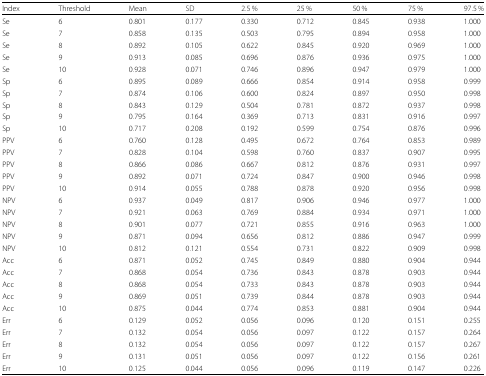
<table><thead><tr><td><b>Index</b></td><td><b>Threshold</b></td><td><b>Mean</b></td><td><b>SD</b></td><td><b>2.5 %</b></td><td><b>25 %</b></td><td><b>50 %</b></td><td><b>75 %</b></td><td><b>97.5 %</b></td></tr></thead><tbody><tr><td>Se</td><td>6</td><td>0.801</td><td>0.177</td><td>0.330</td><td>0.712</td><td>0.845</td><td>0.938</td><td>1.000</td></tr><tr><td>Se</td><td>7</td><td>0.858</td><td>0.135</td><td>0.503</td><td>0.795</td><td>0.894</td><td>0.958</td><td>1.000</td></tr><tr><td>Se</td><td>8</td><td>0.892</td><td>0.105</td><td>0.622</td><td>0.845</td><td>0.920</td><td>0.969</td><td>1.000</td></tr><tr><td>Se</td><td>9</td><td>0.913</td><td>0.085</td><td>0.696</td><td>0.876</td><td>0.936</td><td>0.975</td><td>1.000</td></tr><tr><td>Se</td><td>10</td><td>0.928</td><td>0.071</td><td>0.746</td><td>0.896</td><td>0.947</td><td>0.979</td><td>1.000</td></tr><tr><td>Sp</td><td>6</td><td>0.895</td><td>0.089</td><td>0.666</td><td>0.854</td><td>0.914</td><td>0.958</td><td>0.999</td></tr><tr><td>Sp</td><td>7</td><td>0.874</td><td>0.106</td><td>0.600</td><td>0.824</td><td>0.897</td><td>0.950</td><td>0.998</td></tr><tr><td>Sp</td><td>8</td><td>0.843</td><td>0.129</td><td>0.504</td><td>0.781</td><td>0.872</td><td>0.937</td><td>0.998</td></tr><tr><td>Sp</td><td>9</td><td>0.795</td><td>0.164</td><td>0.369</td><td>0.713</td><td>0.831</td><td>0.916</td><td>0.997</td></tr><tr><td>Sp</td><td>10</td><td>0.717</td><td>0.208</td><td>0.192</td><td>0.599</td><td>0.754</td><td>0.876</td><td>0.996</td></tr><tr><td>PPV</td><td>6</td><td>0.760</td><td>0.128</td><td>0.495</td><td>0.672</td><td>0.764</td><td>0.853</td><td>0.989</td></tr><tr><td>PPV</td><td>7</td><td>0.828</td><td>0.104</td><td>0.598</td><td>0.760</td><td>0.837</td><td>0.907</td><td>0.995</td></tr><tr><td>PPV</td><td>8</td><td>0.866</td><td>0.086</td><td>0.667</td><td>0.812</td><td>0.876</td><td>0.931</td><td>0.997</td></tr><tr><td>PPV</td><td>9</td><td>0.892</td><td>0.071</td><td>0.724</td><td>0.847</td><td>0.900</td><td>0.946</td><td>0.998</td></tr><tr><td>PPV</td><td>10</td><td>0.914</td><td>0.055</td><td>0.788</td><td>0.878</td><td>0.920</td><td>0.956</td><td>0.998</td></tr><tr><td>NPV</td><td>6</td><td>0.937</td><td>0.049</td><td>0.817</td><td>0.906</td><td>0.946</td><td>0.977</td><td>1.000</td></tr><tr><td>NPV</td><td>7</td><td>0.921</td><td>0.063</td><td>0.769</td><td>0.884</td><td>0.934</td><td>0.971</td><td>1.000</td></tr><tr><td>NPV</td><td>8</td><td>0.901</td><td>0.077</td><td>0.721</td><td>0.855</td><td>0.916</td><td>0.963</td><td>1.000</td></tr><tr><td>NPV</td><td>9</td><td>0.871</td><td>0.094</td><td>0.656</td><td>0.812</td><td>0.886</td><td>0.947</td><td>0.999</td></tr><tr><td>NPV</td><td>10</td><td>0.812</td><td>0.121</td><td>0.554</td><td>0.731</td><td>0.822</td><td>0.909</td><td>0.998</td></tr><tr><td>Acc</td><td>6</td><td>0.871</td><td>0.052</td><td>0.745</td><td>0.849</td><td>0.880</td><td>0.904</td><td>0.944</td></tr><tr><td>Acc</td><td>7</td><td>0.868</td><td>0.054</td><td>0.736</td><td>0.843</td><td>0.878</td><td>0.903</td><td>0.944</td></tr><tr><td>Acc</td><td>8</td><td>0.868</td><td>0.054</td><td>0.733</td><td>0.843</td><td>0.878</td><td>0.903</td><td>0.944</td></tr><tr><td>Acc</td><td>9</td><td>0.869</td><td>0.051</td><td>0.739</td><td>0.844</td><td>0.878</td><td>0.903</td><td>0.944</td></tr><tr><td>Acc</td><td>10</td><td>0.875</td><td>0.044</td><td>0.774</td><td>0.853</td><td>0.881</td><td>0.904</td><td>0.944</td></tr><tr><td>Err</td><td>6</td><td>0.129</td><td>0.052</td><td>0.056</td><td>0.096</td><td>0.120</td><td>0.151</td><td>0.255</td></tr><tr><td>Err</td><td>7</td><td>0.132</td><td>0.054</td><td>0.056</td><td>0.097</td><td>0.122</td><td>0.157</td><td>0.264</td></tr><tr><td>Err</td><td>8</td><td>0.132</td><td>0.054</td><td>0.056</td><td>0.097</td><td>0.122</td><td>0.157</td><td>0.267</td></tr><tr><td>Err</td><td>9</td><td>0.131</td><td>0.051</td><td>0.056</td><td>0.097</td><td>0.122</td><td>0.156</td><td>0.261</td></tr><tr><td>Err</td><td>10</td><td>0.125</td><td>0.044</td><td>0.056</td><td>0.096</td><td>0.119</td><td>0.147</td><td>0.226</td></tr></tbody></table>